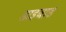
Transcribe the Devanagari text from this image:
डाइबाड